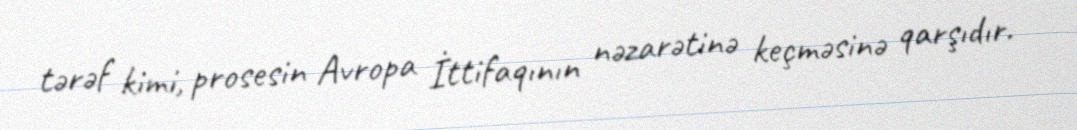
tərəf kimi, prosesin Avropa İttifaqının nəzarətinə keçməsinə qarşıdır.